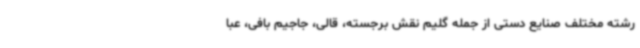
رشته مختلف صنایع دستی از جمله گلیم نقش برجسته، قالی، جاجیم بافی، عبا